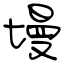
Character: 墁